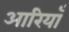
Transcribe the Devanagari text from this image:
आरियाँ